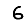
Digit: 6